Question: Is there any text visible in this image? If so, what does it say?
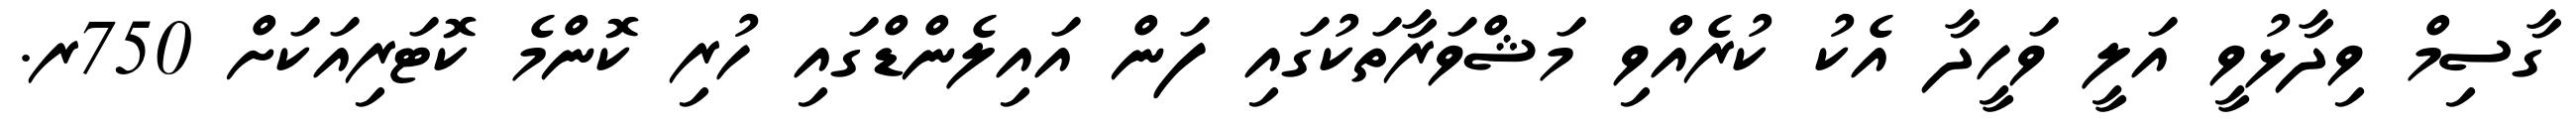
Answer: ގާސިމް ވިދާޅުވީ އަލީ ވަހީދާ އެކު ކުރެއްވި މަޝްވަރާތަކުގައި ފަން އައިލެންޑްގައި ހުރި ކޮންމެ ކޮޓަރިއަކަށް 750ރ.